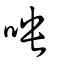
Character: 咉